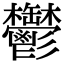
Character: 鬱